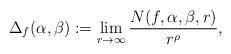
LaTeX: \begin{align*}\Delta_f(\alpha,\beta):=\lim_{r\rightarrow\infty}\frac{N(f,\alpha,\beta,r)}{r^{\rho}},\end{align*}